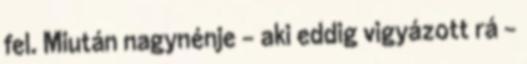
fel. Miután nagynénje – aki eddig vigyázott rá –